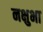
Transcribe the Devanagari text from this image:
नक्षुभा